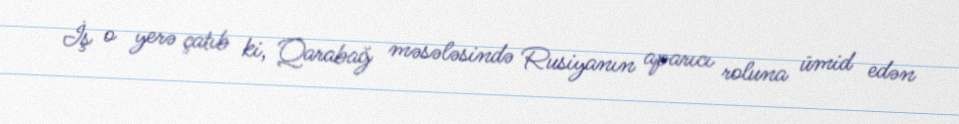
İş o yerə çatıb ki, Qarabağ məsələsində Rusiyanın aparıcı roluna ümid edən